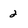
Character: 2